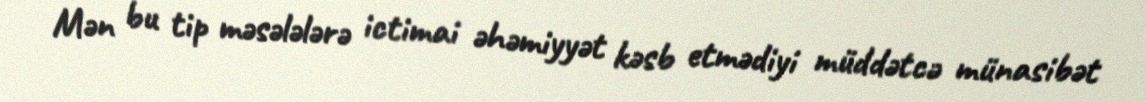
Mən bu tip məsələlərə ictimai əhəmiyyət kəsb etmədiyi müddətcə münasibət